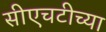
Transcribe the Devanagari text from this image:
सीएचटीच्या